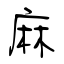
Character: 麻